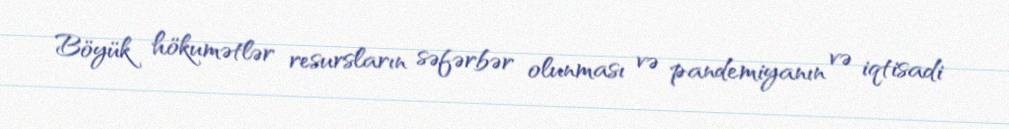
Böyük hökumətlər resursların səfərbər olunması və pandemiyanın və iqtisadi